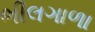
ભીલગાળા